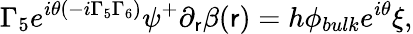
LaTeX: \Gamma_{5}e^{i\theta(-i\Gamma_{5}\Gamma_{6})}\psi^{+}\partial_{\mathsf{r}}\beta(\mathsf{r})=h\phi_{bulk}e^{i\theta}\xi,